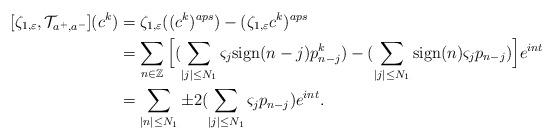
LaTeX: \begin{align*}[\zeta_{1,\varepsilon}, \mathcal{T}_{a^+,a^-}](c^k)&=\zeta_{1,\varepsilon}((c^k)^{aps})-(\zeta_{1,\varepsilon}c^k)^{aps}\\&=\sum_{n\in \mathbb{Z}}\Big[(\sum_{|j|\leq N_1}\varsigma_j\mbox{sign}(n-j)p^k_{n-j})-(\sum_{|j|\leq N_1}\mbox{sign}(n)\varsigma_jp_{n-j})\Big]e^{int}\\&=\sum_{|n|\leq N_1}\pm 2(\sum_{|j|\leq N_1}\varsigma_j p_{n-j})e^{int}.\end{align*}